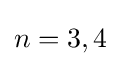
n=3,4